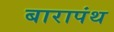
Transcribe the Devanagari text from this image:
बारापंथ